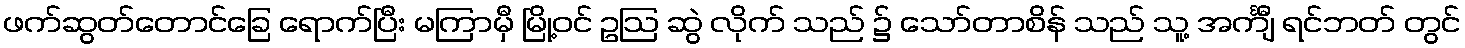
ဖက်ဆွတ်တောင်ခြေ ရောက်ပြီး မကြာမှီ မြို့ဝင် ဥဩ ဆွဲ လိုက် သည် ၌ သော်တာစိန် သည် သူ့ အင်္ကျီ ရင်ဘတ် တွင်